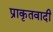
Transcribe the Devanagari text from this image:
प्राकृतवादी